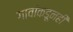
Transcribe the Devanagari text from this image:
गावांकडूनही